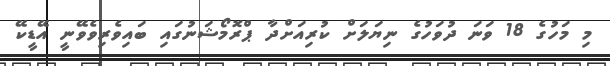
މި މަހުގެ 18 ވަނަ ދުވަހުގެ ނިޔަލަށް ކުރިއަށްދާ ޕްރޮމޯޝަނުގައި ބައިވެރިވެވޭނީ އޭޑީކޭ